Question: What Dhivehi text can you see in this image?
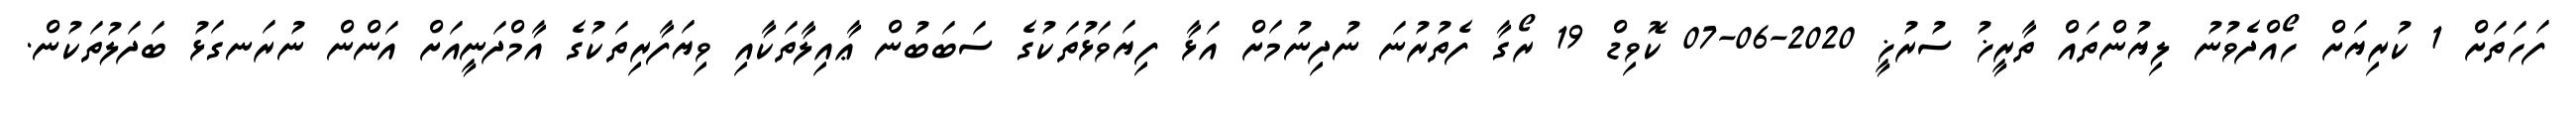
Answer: ފަހަތަށް 1 ކުރިޔަށް ހޯއްދެވުނު ލިޔުންތައް ތާރީޚު ސުރުޚީ 2020-06-07 ކޮވިޑް 19 ރޯގާ ފެތުރުނަ ނުދިނުމަށް އަޅާ ފިޔަވަޅުތަކުގެ ސަބަބުން ޢާއިލާތަކާއި ވިޔަފާރިތަކުގެ އާމްދަނީއަށް އަންން ނުރަނގަޅު ބަދަލުތަކުން.